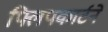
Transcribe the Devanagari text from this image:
फ्लिपकार्टने